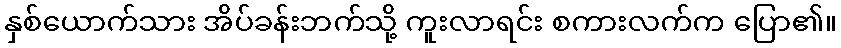
နှစ်ယောက်သား အိပ်ခန်းဘက်သို့ ကူးလာရင်း စကားလက်က ပြော၏။